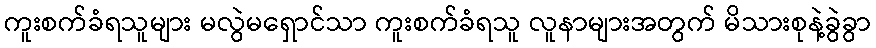
ကူးစက်ခံရသူများ မလွဲမရှောင်သာ ကူးစက်ခံရသူ လူနာများအတွက် မိသားစုနဲ့ခွဲခွာ